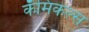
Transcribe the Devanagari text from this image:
कॅमिकल्स